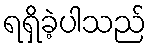
ရရှိခဲ့ပါသည်